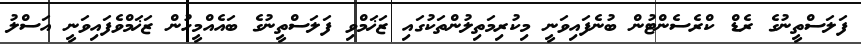
ފަލަސްތީނުގެ ރެޑް ކްރެސެންޓުން ބުނެފައިވަނީ މިކުރިމަތިލުންތަކުގައި ޒަޚަމްވި ފަލަސްތީނުގެ ބައެއްމީހުން ޒަޚަމްވެފައިވަނީ އަސްލު